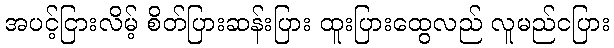
အပင့်ငြားလိမ့် စိတ်ပြားဆန်းပြား ထူးပြားထွေလည် လူမည်ငပြား